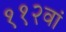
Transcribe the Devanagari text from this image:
११२वां